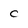
Character: c